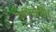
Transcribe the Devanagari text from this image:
अधिसूचित